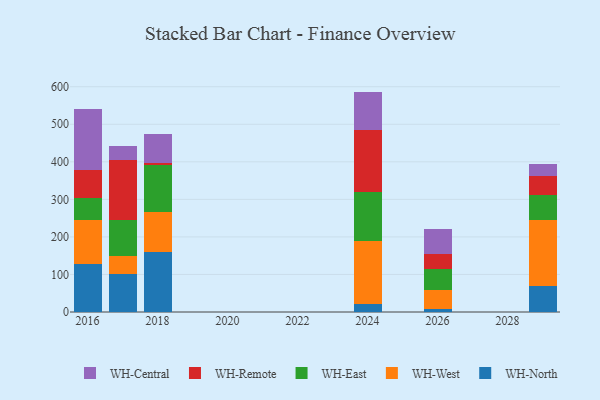
{"axis": {"x": "Year", "y": "Bounce Rate (%)"}, "legend": ["WH-Central", "WH-East", "WH-North", "WH-Remote", "WH-West"], "data": [{"x": "2018", "y": 160.5, "type": "WH-North"}, {"x": "2018", "y": 106.9, "type": "WH-West"}, {"x": "2018", "y": 123.3, "type": "WH-East"}, {"x": "2018", "y": 7.3, "type": "WH-Remote"}, {"x": "2018", "y": 76.8, "type": "WH-Central"}, {"x": "2016", "y": 126.8, "type": "WH-North"}, {"x": "2016", "y": 117.5, "type": "WH-West"}, {"x": "2016", "y": 59.7, "type": "WH-East"}, {"x": "2016", "y": 75.4, "type": "WH-Remote"}, {"x": "2016", "y": 161.2, "type": "WH-Central"}, {"x": "2029", "y": 70.5, "type": "WH-North"}, {"x": "2029", "y": 174.7, "type": "WH-West"}, {"x": "2029", "y": 65.8, "type": "WH-East"}, {"x": "2029", "y": 50.8, "type": "WH-Remote"}, {"x": "2029", "y": 32.7, "type": "WH-Central"}, {"x": "2026", "y": 8.2, "type": "WH-North"}, {"x": "2026", "y": 49.1, "type": "WH-West"}, {"x": "2026", "y": 56.0, "type": "WH-East"}, {"x": "2026", "y": 41.9, "type": "WH-Remote"}, {"x": "2026", "y": 66.7, "type": "WH-Central"}, {"x": "2024", "y": 22.6, "type": "WH-North"}, {"x": "2024", "y": 165.6, "type": "WH-West"}, {"x": "2024", "y": 130.1, "type": "WH-East"}, {"x": "2024", "y": 166.7, "type": "WH-Remote"}, {"x": "2024", "y": 102.0, "type": "WH-Central"}, {"x": "2017", "y": 100.2, "type": "WH-North"}, {"x": "2017", "y": 49.6, "type": "WH-West"}, {"x": "2017", "y": 96.1, "type": "WH-East"}, {"x": "2017", "y": 158.5, "type": "WH-Remote"}, {"x": "2017", "y": 36.9, "type": "WH-Central"}]}